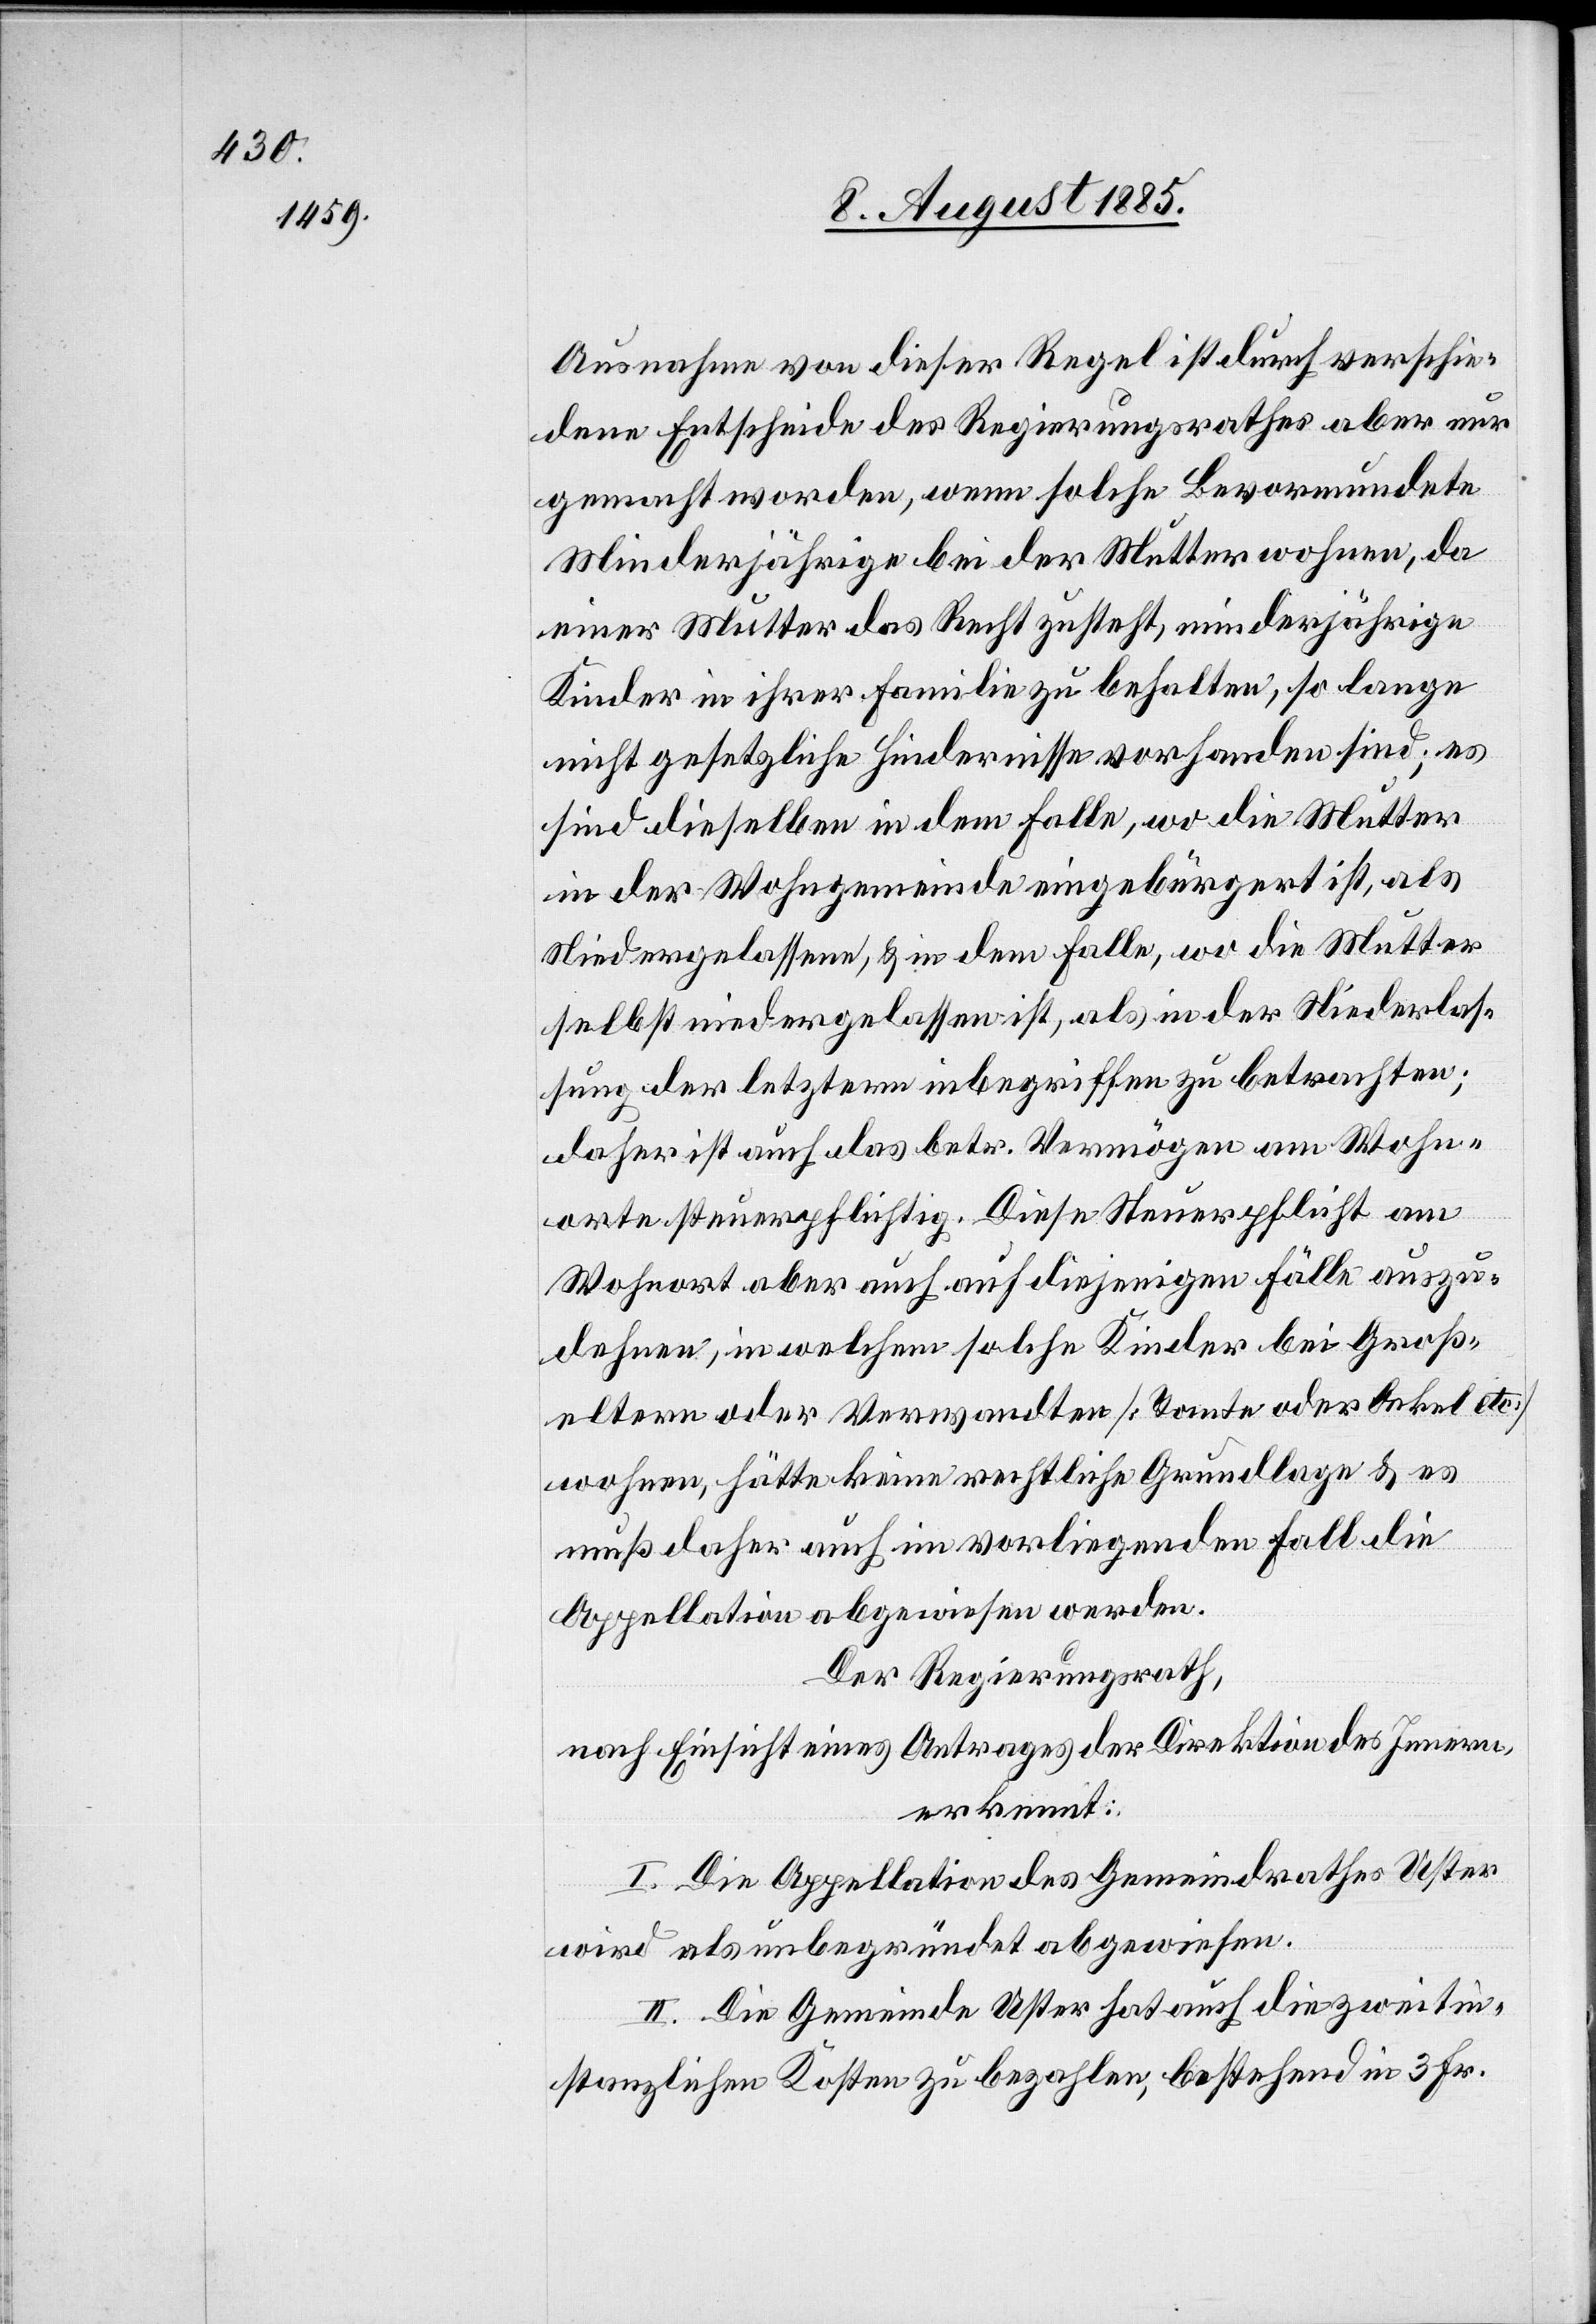
Ausnahme von dieser Regel ist durch verschie¬
dene Entscheide des Regierungsrathes aber nur
gemacht worden, wenn solche Bevormundete
Minderjährige bei der Mutter wohnen, da
einer Mutter das Recht zusteht, minderjährige
Kinder in ihrer Familie zu behalten, so lange
nicht gesetzliche Hindernisse vorhanden sind; es
sind dieselben in dem Falle, wo die Mutter
selbst niedergelassen ist, als in der Niederlas¬
sung der letztern inbegriffen zu betrachten;
daher ist auch das betr. Vermögen am Wohn¬
orte steuerpflichtig. Diese Steuerpflicht am
Wohnort aber auch auf diejenigen Fälle auszu¬
dehnen, in welchem solche Kinder bei Groß¬
eltern oder Verwandten [Tante oder Onkel etc.]
wohnen, hätte keine rechtliche Grundlage & es
muß daher auch im vorliegenden Fall die
Appellation abgewiesen werden.
Der Regierungsrath
nach Einsicht eines Antrages der Direktion des Innern,
erkennt:
I. Die Appellation des Gemeindrathes Uster
wird als unbegründet abgewiesen.
II. Die Gemeinde Uster hat auch die zweitin¬
stanzlichen Kosten zu bezahlen, bestehend in 3 Fr.